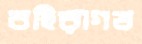
বহিরাগত